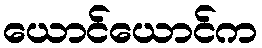
ယောင်ယောင်က